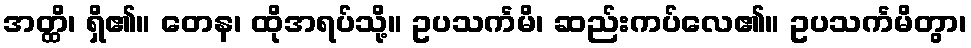
အတ္ထိ၊ ရှိ၏။ တေန၊ ထိုအရပ်သို့။ ဥပသင်္ကမိ၊ ဆည်းကပ်လေ၏။ ဥပသင်္ကမိတွာ၊